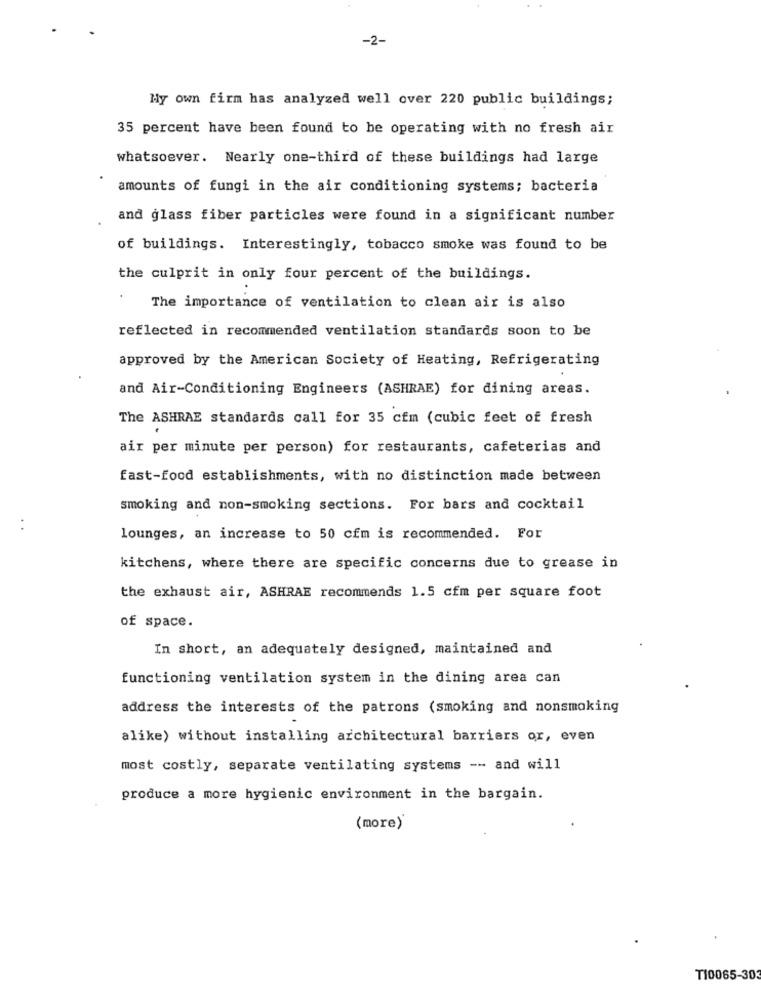
-2-
My own firm has analyzed well over 220 public buildings;
35 percent have been found to be operating with no fresh air
whatsoever. Nearly one-third of these buildings had large
amounts of fungi in the air conditioning systems; bacteria
and glass fiber particles were found in a significant number
of buildings. Interestingly, tobacco smoke was found to be
the culprit in only four percent of the buildings.
The importance of ventilation to clean air is also
reflected in recommended ventilation standards soon to be
approved by the American Society of Heating, Refrigerating
and Air-Conditioning Engineers (ASHRAE) for dining areas.
The ASHRAE standards call for 35 cfm (cubic feet of fresh
air per minute per person) for restaurants, cafeterias and
fast-food establishments, with no distinction made between
smoking and non-smoking sections. For bars and cocktail
. .
lounges, an increase to 50 cfm is recommended. For
kitchens, where there are specific concerns due to grease in
the exhaust air, ASHRAE recommends 1.5 cfm per square foot
of space.
In short, an adequately designed, maintained and
functioning ventilation system in the dining area can
address the interests of the patrons (smoking and nonsmoking
alike) without installing architectural barriers or, even
most costly, separate ventilating systems -- and will
produce a more hygienic environment in the bargain.
(more)
TI0065-303